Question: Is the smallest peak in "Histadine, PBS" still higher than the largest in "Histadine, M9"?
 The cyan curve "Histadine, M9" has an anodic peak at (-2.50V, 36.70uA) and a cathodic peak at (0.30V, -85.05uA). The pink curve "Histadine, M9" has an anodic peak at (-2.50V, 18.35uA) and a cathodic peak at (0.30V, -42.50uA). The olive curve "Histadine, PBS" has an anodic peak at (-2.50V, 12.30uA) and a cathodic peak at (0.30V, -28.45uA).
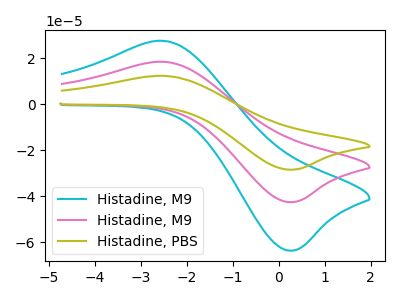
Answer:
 <answer>Every peak in "Histadine, PBS" is lower than every peak in "Histadine, M9".</answer>
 <eval>lower</eval>